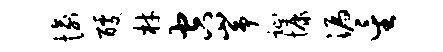
愉醵材空峥趾慷漏星